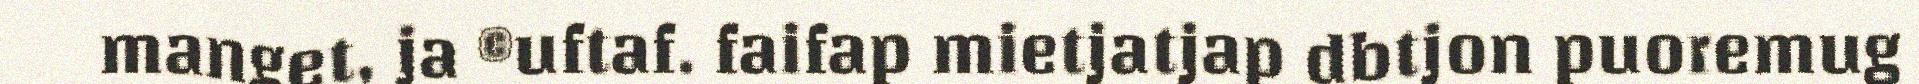
manget, ja ©uftaf. faifap mietjatjap dbtjon puoremug